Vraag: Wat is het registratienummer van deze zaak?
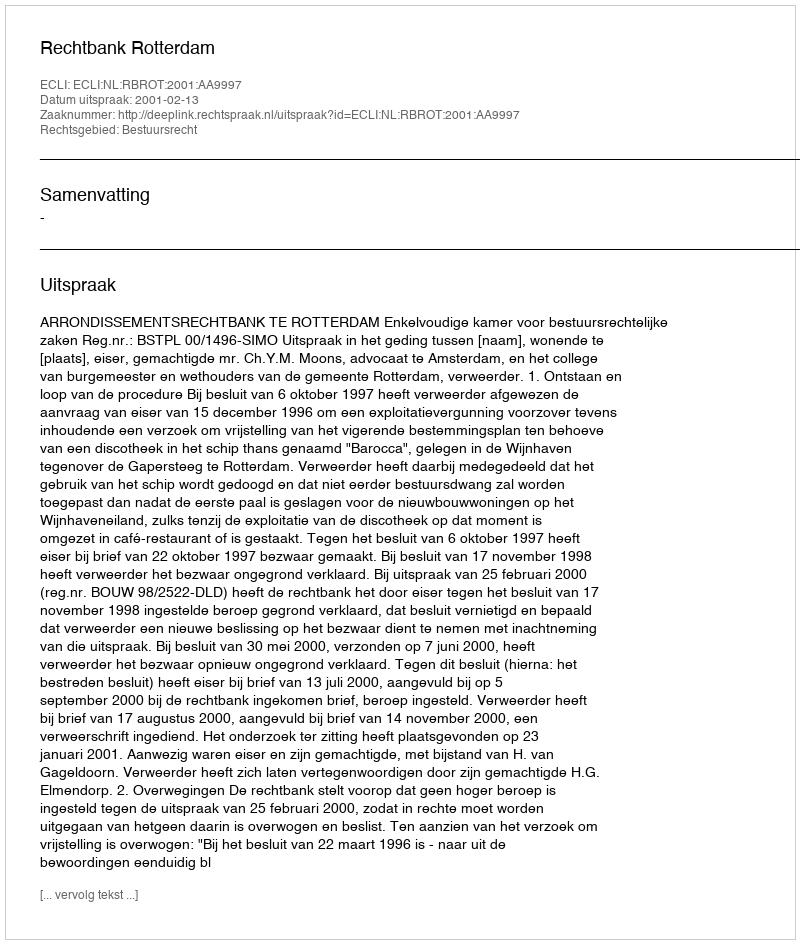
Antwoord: http://deeplink.rechtspraak.nl/uitspraak?id=ECLI:NL:RBROT:2001:AA9997